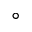
^ { \circ }